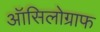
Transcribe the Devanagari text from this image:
ऑसिलोग्राफ